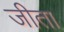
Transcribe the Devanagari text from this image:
जीता